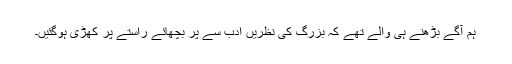
ہم آگے بڑھنے ہی والے تھے کہ بزرگ کی نظریں ادب سے پر بچھائے راستے پر کھڑی ہوگئیں۔